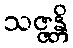
သဇ္ဇန္တိ